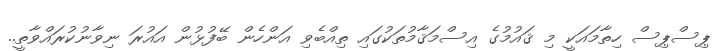
ޕިސްޕިސް ހިތާމައަކީ މި ޤައުމުގެ އިސްމަޤާމުތަކުގައި ތިއްބެވި އަންހެން ބޭފުޅުން އައުރަ ނިވާނުކުރައްވާތީ..